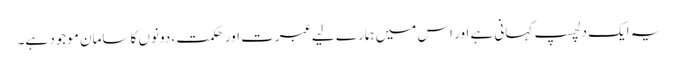
یہ ایک دلچسپ کہانی ہے اور اس میں ہمارے لیے عبرت اور حکمت ، دونوں کا سامان موجود ہے۔